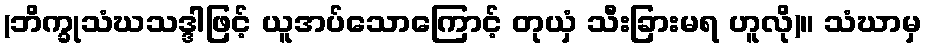
(ဘိက္ခုသံဃသဒ္ဒါဖြင့် ယူအပ်သောကြောင့် တုယှံ သီးခြားမရ ဟူလို)။ သံဃာမှ